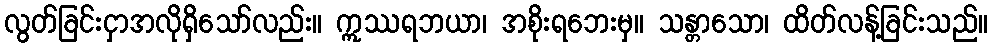
လွတ်ခြင်းငှာအလိုရှိသော်လည်း။ ဣဿရဘယာ၊ အစိုးရဘေးမှ။ သန္တာသော၊ ထိတ်လန့်ခြင်းသည်။